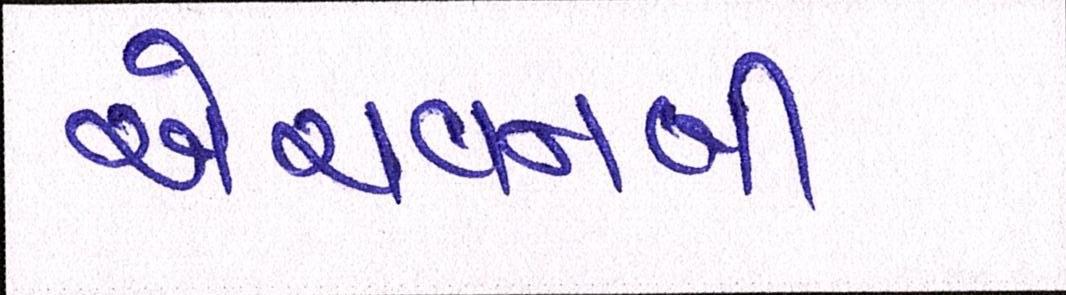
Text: એચવનબી